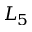
L _ { 5 }